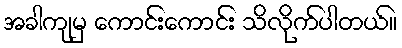
အခါကျမှ ကောင်းကောင်း သိလိုက်ပါတယ်။